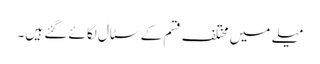
میلے میں مختلف قسم کے سٹال لگائے گئے ہیں۔